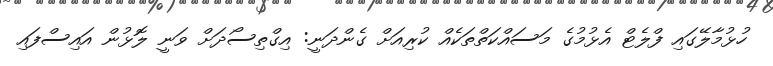
ހުޅުމާލޭގައި ފްލެޓް އެޅުމުގެ މަސައްކަތްތަކެއް ކުރިއަށް ގެންދަނީ: އިގްތިސޯދަށް ވަނީ ލޮޅުން އައިސްފައި